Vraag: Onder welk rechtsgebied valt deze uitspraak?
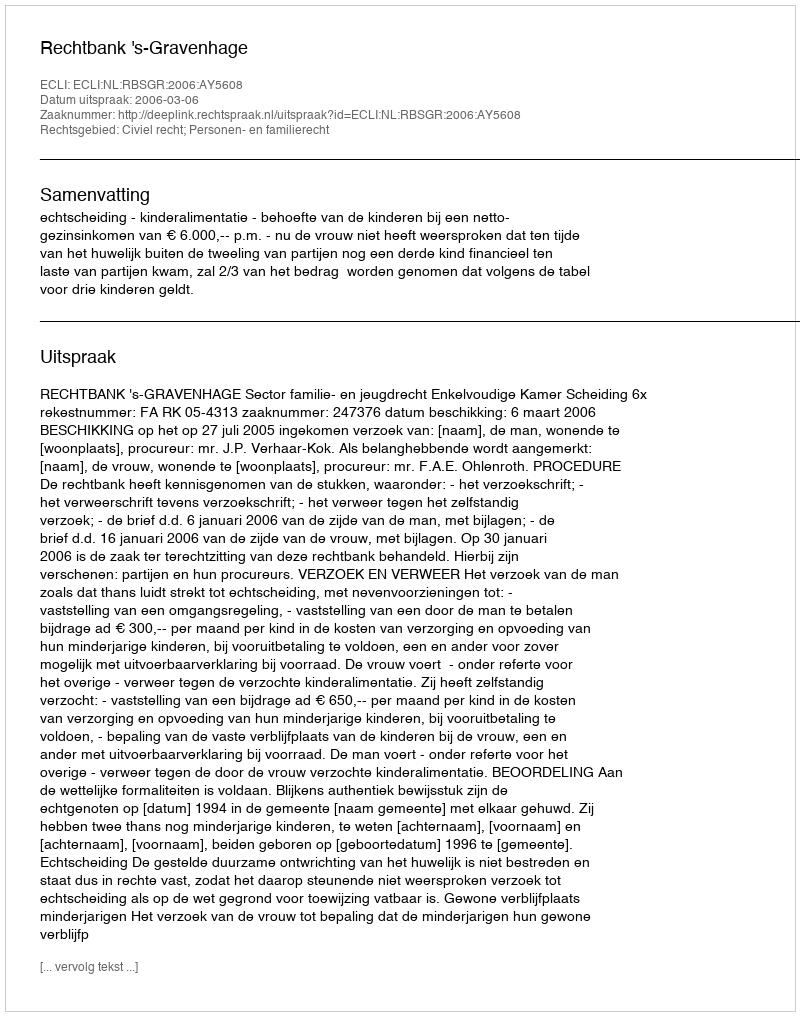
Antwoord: Civiel recht; Personen- en familierecht